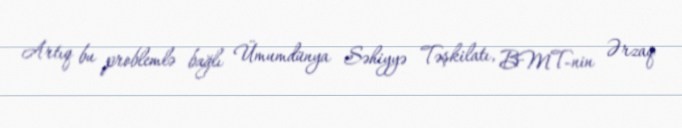
Artıq bu problemlə bağlı Ümumdünya Səhiyyə Təşkilatı, BMT-nin Ərzaq